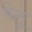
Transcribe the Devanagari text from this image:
गेलू